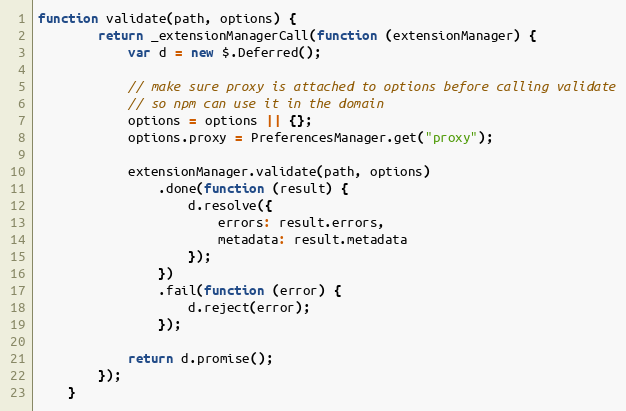
Language: JavaScript
function validate(path, options) {
        return _extensionManagerCall(function (extensionManager) {
            var d = new $.Deferred();

            // make sure proxy is attached to options before calling validate
            // so npm can use it in the domain
            options = options || {};
            options.proxy = PreferencesManager.get("proxy");

            extensionManager.validate(path, options)
                .done(function (result) {
                    d.resolve({
                        errors: result.errors,
                        metadata: result.metadata
                    });
                })
                .fail(function (error) {
                    d.reject(error);
                });

            return d.promise();
        });
    }